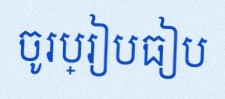
ចូរប្រៀបធៀប